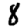
Digit: 8